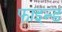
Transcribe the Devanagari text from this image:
फाइन्ड